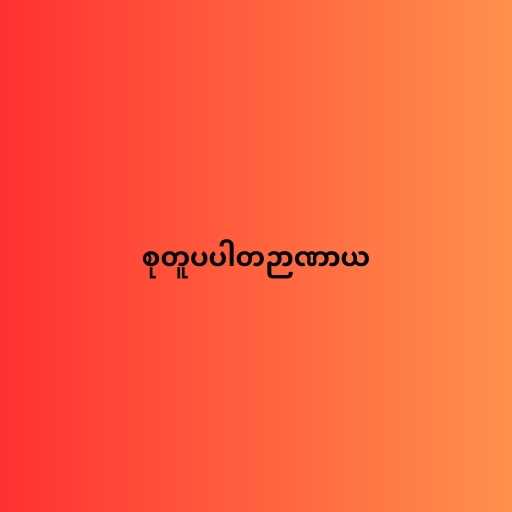
စုတူပပါတဉာဏာယ